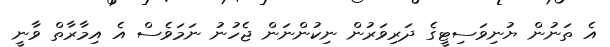
އެ ތަނުން ޔުނިވަސިޓީގެ ދަރިވަރުން ނިކުންނަން ޖެހުނު ނަމަވެސް އެ އިމާރާތް ވާނީ